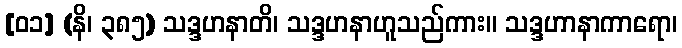
[၀၁] (နိ၊ ၃၈၅) သဒ္ဒဟနာတိ၊ သဒ္ဒဟနာဟူသည်ကား။ သဒ္ဒဟာနာကာရော၊